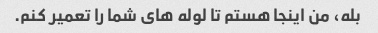
بله، من اینجا هستم تا لوله های شما را تعمیر کنم.